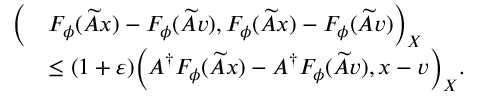
\begin{array} { r l } { \Bigl ( } & { F _ { \phi } ( \widetilde { A } x ) - F _ { \phi } ( \widetilde { A } v ) , F _ { \phi } ( \widetilde { A } x ) - F _ { \phi } ( \widetilde { A } v ) \Bigr ) _ { X } } \\ & { \leq ( 1 + \varepsilon ) \Bigl ( A ^ { \dagger } F _ { \phi } ( \widetilde { A } x ) - A ^ { \dagger } F _ { \phi } ( \widetilde { A } v ) , x - v \Bigr ) _ { X } . } \end{array}